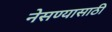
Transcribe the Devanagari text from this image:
नेसण्यासाठी